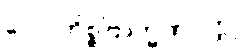
လောဟိစ္စဗြာဟ္မဏဝတ္ထု